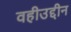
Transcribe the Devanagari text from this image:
वहीउद्दीन